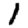
Digit: 1